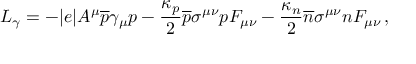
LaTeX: L _ { \gamma } = - | e | A ^ { \mu } { \overline { { p } } } \gamma _ { \mu } p - \frac { \kappa _ { p } } { 2 } \overline { { p } } \sigma ^ { \mu \nu } p F _ { \mu \nu } - \frac { \kappa _ { n } } { 2 } \overline { { n } } \sigma ^ { \mu \nu } n F _ { \mu \nu } \, ,